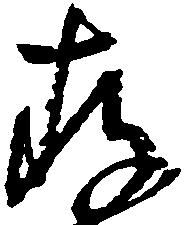
存